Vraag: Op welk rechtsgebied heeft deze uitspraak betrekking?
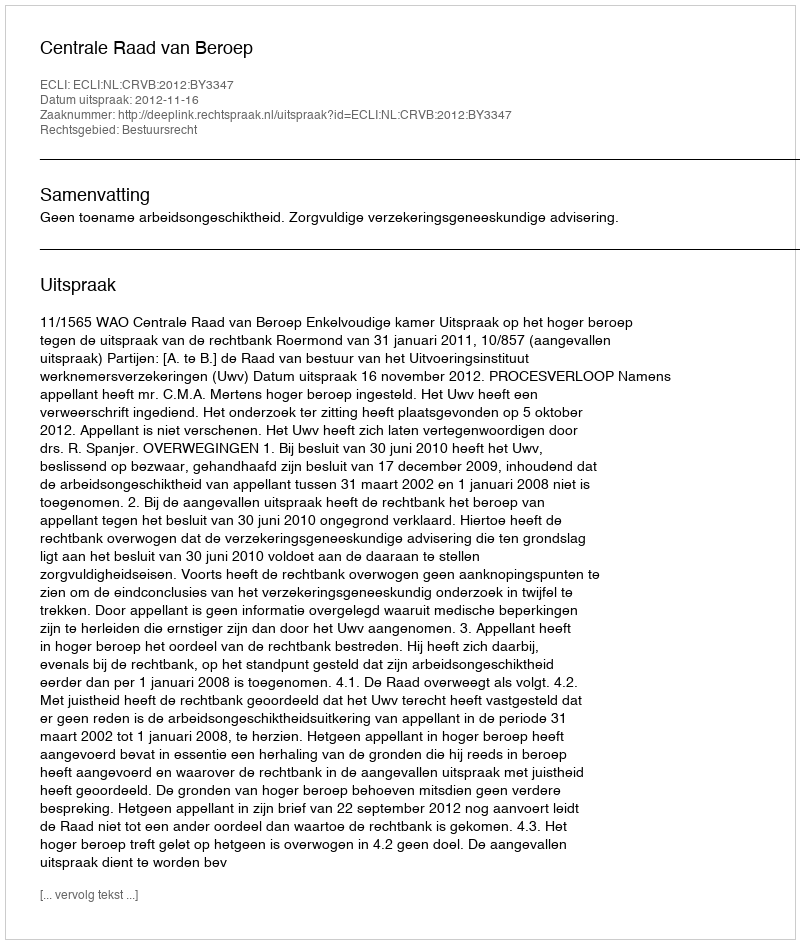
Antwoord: Bestuursrecht